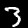
Label: 3